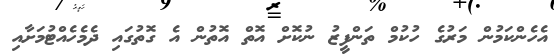
އެހެންކަމުން މަރުގެ ހުކުމް ތަންފީޒު ނުކޮށް އޮތް އޮތުން އެ ގޮތުގައި ދެމެހެއްޓުމަށާއި